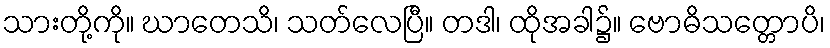
သားတို့ကို။ ဃာတေသိ၊ သတ်လေပြီ။ တဒါ၊ ထိုအခါ၌။ ဗောဓိသတ္တောပိ၊